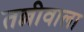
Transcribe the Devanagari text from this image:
तल्लीवाला